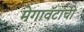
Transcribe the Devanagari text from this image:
मेगावॅटांची